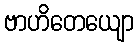
ဗာဟိတေယျော